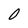
Character: 0